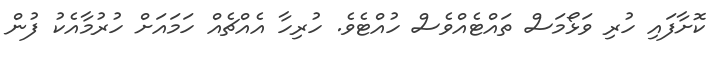
ކޮށާފައި ހުރި ވަޅޯމަސް ތައްޓެއްވެސް ހުއްޓެވެ. ހުރިހާ އެއްޗެއް ހަމައަށް ހުރުމާއެކު ފުން